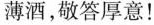
薄酒，敬答厚意！